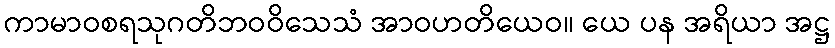
ကာမာဝစရသုဂတိဘဝဝိသေသံ အာဝဟတိယေဝ။ ယေ ပန အရိယာ အဋ္ဌ